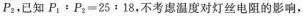
P_{2}，已知 $$P _ { 1 } : P _ { 2 } = 2 5 : 1 8$$ ，不考虑温度对灯丝电阻的影响，